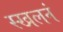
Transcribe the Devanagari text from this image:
स्खलनं